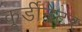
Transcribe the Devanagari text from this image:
कूर्डीनेटर